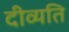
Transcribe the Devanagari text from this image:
दीव्यति